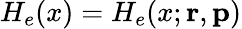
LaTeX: H_{e}(x)=H_{e}(x;{\mathbf{r}},{\mathbf{p}})